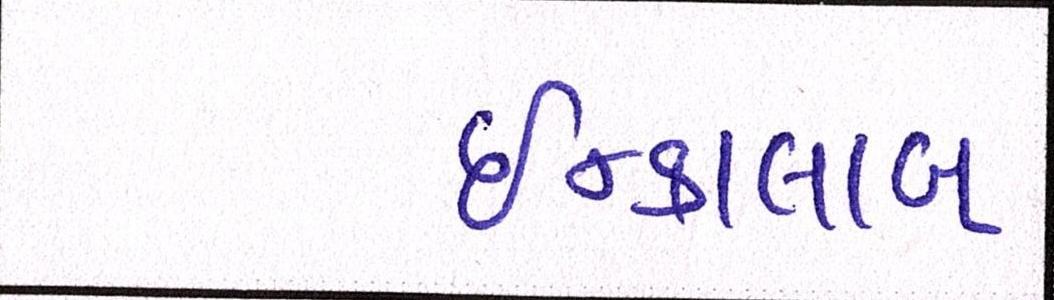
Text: ઇન્કાલાબ